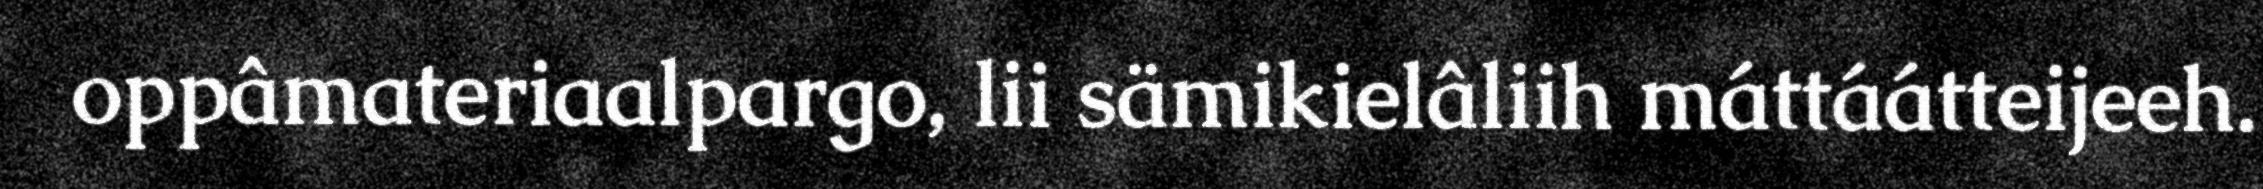
oppâmateriaalpargo, lii sämikielâliih máttáátteijeeh.